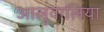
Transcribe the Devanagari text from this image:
आलूवालिया